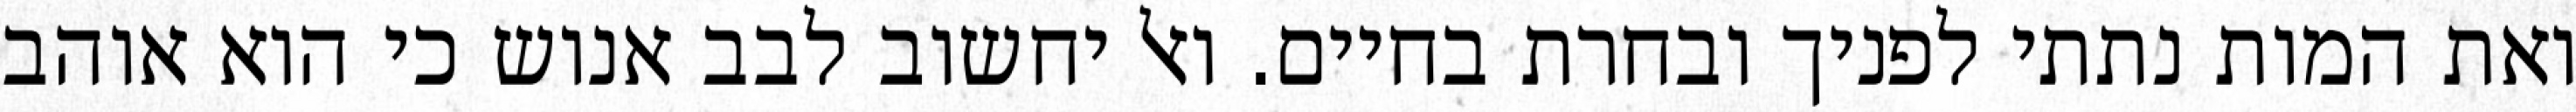
ואת המות נתתי לפניך ובחרת בחיים. ואל יחשוב לבב אנוש כי הוא אוהב